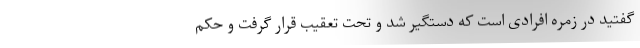
گفتید در زمره افرادی است که دستگیر شد و تحت تعقیب قرار گرفت و حکم